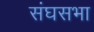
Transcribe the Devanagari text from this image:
संघसभा